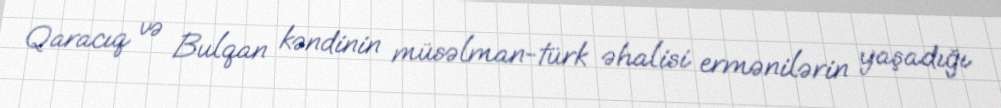
Qaracıq və Bulqan kəndinin müsəlman-türk əhalisi ermənilərin yaşadığı